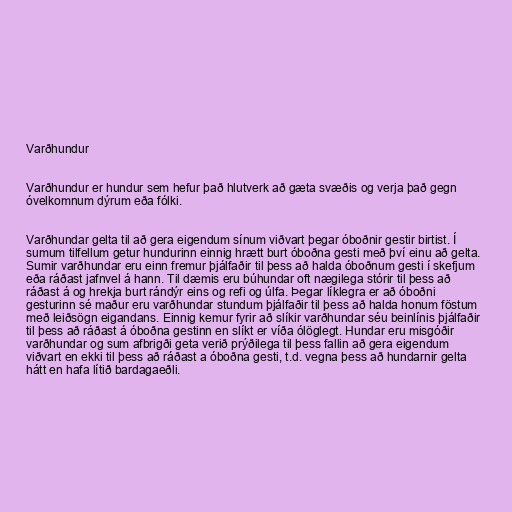
Varðhundur

Varðhundur er hundur sem hefur það hlutverk að gæta svæðis og verja það gegn
óvelkomnum dýrum eða fólki.

Varðhundar gelta til að gera eigendum sínum viðvart þegar óboðnir gestir birtist. Í
sumum tilfellum getur hundurinn einnig hrætt burt óboðna gesti með því einu að gelta.
Sumir varðhundar eru einn fremur þjálfaðir til þess að halda óboðnum gesti í skefjum
eða ráðast jafnvel á hann. Til dæmis eru búhundar oft nægilega stórir til þess að
ráðast á og hrekja burt rándýr eins og refi og úlfa. Þegar líklegra er að óboðni
gesturinn sé maður eru varðhundar stundum þjálfaðir til þess að halda honum föstum
með leiðsögn eigandans. Einnig kemur fyrir að slíkir varðhundar séu beinlínis þjálfaðir
til þess að ráðast á óboðna gestinn en slíkt er víða ólöglegt. Hundar eru misgóðir
varðhundar og sum afbrigði geta verið prýðilega til þess fallin að gera eigendum
viðvart en ekki til þess að ráðast a óboðna gesti, t.d. vegna þess að hundarnir gelta
hátt en hafa lítið bardagaeðli.